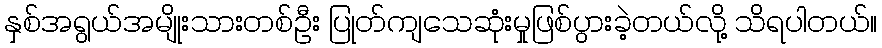
နှစ်အရွယ်အမျိုးသားတစ်ဦး ပြုတ်ကျသေဆုံးမှုဖြစ်ပွားခဲ့တယ်လို့ သိရပါတယ်။